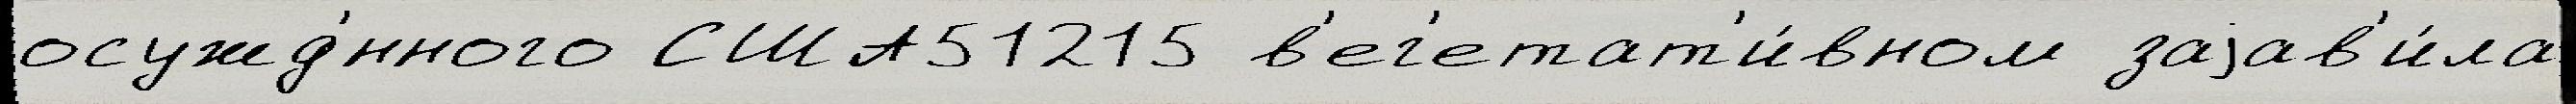
осужд'́нного США51215 в'ег'етат'и́вном заjав'и́ла